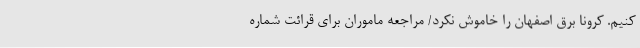
کنیم. کرونا برق اصفهان را خاموش نکرد/ مراجعه ماموران برای قرائت شماره